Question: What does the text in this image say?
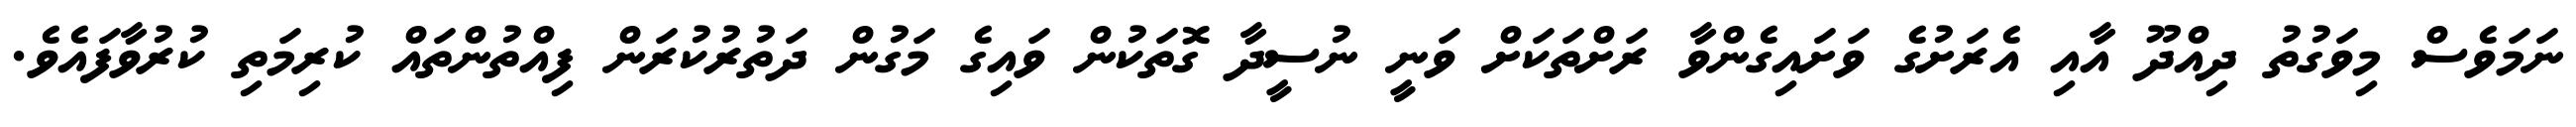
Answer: ނަމަވެސް މިވަގުތު ދިއްދޫ އާއި އެރަށުގެ ވަށައިގެންވާ ރަށްތަކަށް ވަނީ ނުސީދާ ގޮތަކުން ވައިގެ މަގުން ދަތުރުކުރަން ފިއްތުންތައް ކުރިމަތި ކުރުވާފައެވެ.